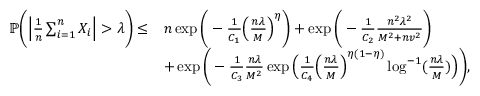
\begin{array} { r l } { \mathbb { P } \bigg ( \Big \vert \frac { 1 } { n } \sum _ { i = 1 } ^ { n } X _ { i } \Big \vert > \lambda \bigg ) \leq } & { n \exp \bigg ( - \frac { 1 } { C _ { 1 } } \Big ( \frac { n \lambda } { M } \Big ) ^ { \eta } \bigg ) + \exp \bigg ( - \frac { 1 } { C _ { 2 } } \frac { n ^ { 2 } \lambda ^ { 2 } } { M ^ { 2 } + n v ^ { 2 } } \bigg ) } \\ & { + \exp \bigg ( - \frac { 1 } { C _ { 3 } } \frac { n \lambda } { M ^ { 2 } } \exp \Big ( \frac { 1 } { C _ { 4 } } \Big ( \frac { n \lambda } { M } \Big ) ^ { \eta ( 1 - \eta ) } \log ^ { - 1 } ( \frac { n \lambda } { M } ) \Big ) \bigg ) , } \end{array}